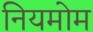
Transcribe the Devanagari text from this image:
नियमोम